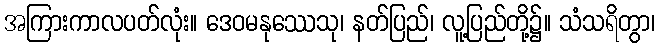
အကြားကာလပတ်လုံး။ ဒေဝမနုဿေသု၊ နတ်ပြည်၊ လူ့ပြည်တို့၌။ သံသရိတွာ၊